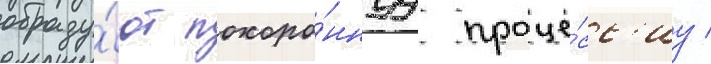
образу́ют похоро́ннуу проце́сс'иу /